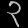
Digit: ၃